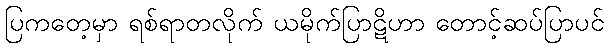
ပြကတေ့မှာ ရစ်ရာတလိုက် ယမိုက်ပြာဋိဟာ တောင့်ဆပ်ပြာပင်